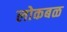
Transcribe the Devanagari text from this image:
लोकबळ